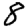
Digit: 8